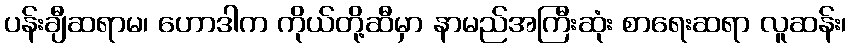
ပန်းချီဆရာမ၊ ဟောဒါက ကိုယ်တို့ဆီမှာ နာမည်အကြီးဆုံး စာရေးဆရာ လူဆန်း၊